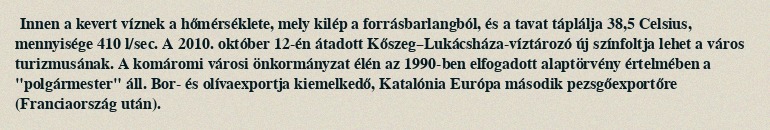
Innen a kevert víznek a hőmérséklete, mely kilép a forrásbarlangból, és a tavat táplálja 38,5 Celsius, mennyisége 410 l/sec. A 2010. október 12-én átadott Kőszeg–Lukácsháza-víztározó új színfoltja lehet a város turizmusának. A komáromi városi önkormányzat élén az 1990-ben elfogadott alaptörvény értelmében a "polgármester" áll. Bor- és olívaexportja kiemelkedő, Katalónia Európa második pezsgőexportőre (Franciaország után).